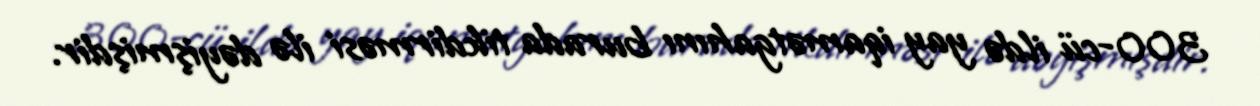
300-cü ildə yay iqamətgahını burada tikdirməsi ilə dəyişmişdir.